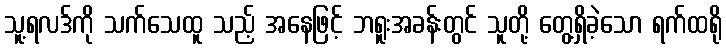
သူ့ရလဒ်ကို သက်သေထူ သည့် အနေဖြင့် ဘရူးအခန်းတွင် သူတို့ တွေ့ရှိခဲ့သော ရက်ထရို